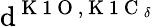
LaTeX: \mathrm{d}^{\mathrm{{~K~1~O~}},\mathrm{{~K~1~C~}}_{\delta}}